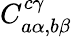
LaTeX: C_{a\alpha,b\beta}^{c\gamma}